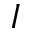
I